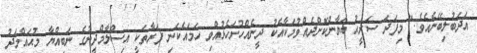
އަދަބުލިބޭނެއެވެ." މިފަދަ ސަރީޙު ބަޔާންކޮށްދެއްވުމަކާއެކު ދީނެއްހުށަހެޅުއްވި ހަމައެކަނި ފަރާތަކީ އިސްލާމްދީނުގެ ނަބިއްޔާ މުޙައްމަދު